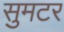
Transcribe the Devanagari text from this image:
सुमटर